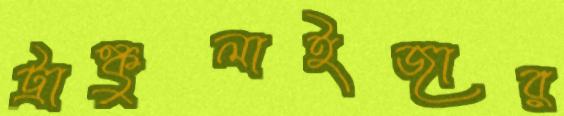
ট্রাঙ্কুলাইজার